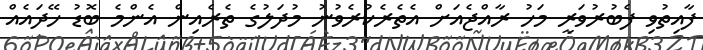
ފާއިތުވި ފެބުރުވަރީ މަހު ރާއްޖެއަށް އެތެރެކުރެވުނު މުދަލުގެ ތެރެއިން އެންމެ ބޮޑު ހޭދައެއް